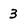
Character: 3